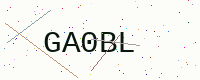
Text: GA0BL